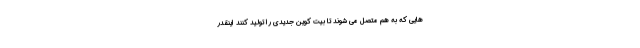
هایی که به هم متصل می شوند تا بیت کوین جدیدی را تولید کنند اینقدر